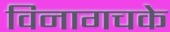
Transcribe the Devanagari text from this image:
विनागचके